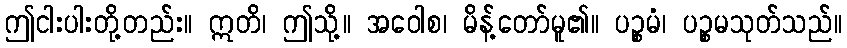
ဤငါးပါးတို့တည်း။ ဣတိ၊ ဤသို့။ အဝေါစ၊ မိန့်တော်မူ၏။ ပဉ္စမံ၊ ပဉ္စမသုတ်သည်။